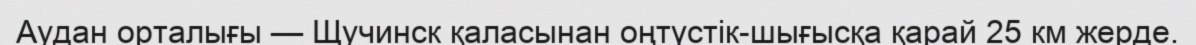
Аудан орталығы — Щучинск қаласынан оңтүстік-шығысқа қарай 25 км жерде.